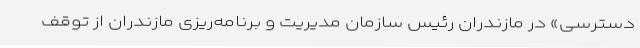
دسترسی» در مازندران رئیس سازمان مدیریت و برنامه‌ریزی مازندران از توقف